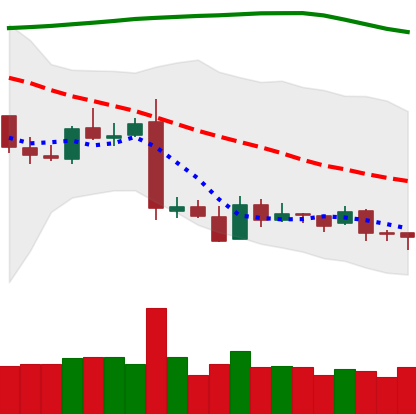
Ticker: XRP-USD
Chart end date: 2019-01-22
Forward return: -3.146%
Label: down_3_5